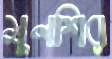
মুনশির